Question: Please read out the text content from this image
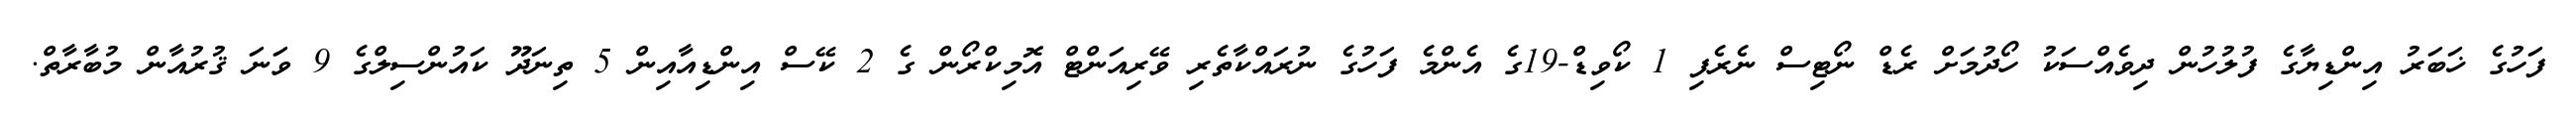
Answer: ފަހުގެ ޚަބަރު އިންޑިޔާގެ ފުލުހުން ދިވެއްސަކު ހޯދުމަށް ރެޑް ނޯޓިސް ނެރެފި 1 ކޯވިޑް-19ގެ އެންމެ ފަހުގެ ނުރައްކާތެރި ވޭރިއަންޓް އޮމިކްރޯން ގެ 2 ކޭސް އިންޑިއާއިން 5 ތިނަދޫ ކައުންސިލްގެ 9 ވަނަ ޤުރުއާން މުބާރާތް.